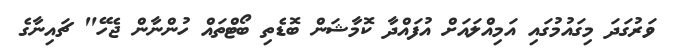
ވަރުގަދަ މިގައުމުގައި އަމިއްލައަށް އުފައްދާ ކޮމާޝަން ބޮޑެތި ބޯޓްތައް ހުންނާން ޖެހޭ" ޗައިނާގެ